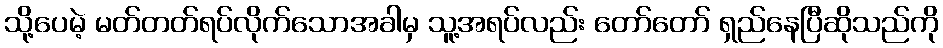
သို့ပေမဲ့ မတ်တတ်ရပ်လိုက်သောအခါမှ သူ့အရပ်လည်း တော်တော် ရှည်နေပြီဆိုသည်ကို